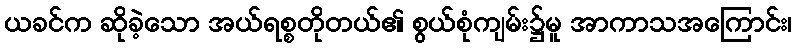
ယခင်က ဆိုခဲ့သော အယ်ရစ္စတိုတယ်၏ စွယ်စုံကျမ်း၌မူ အာကာသအကြောင်း၊